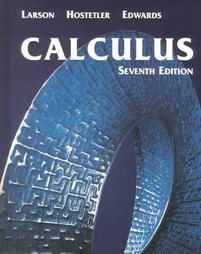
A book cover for Calculus with Analytic Geometry; Ron Larson; Science & Math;